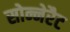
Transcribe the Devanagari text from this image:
सोन्नेरैट